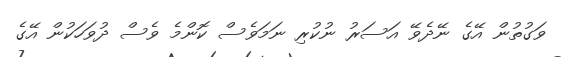
ވަގުތުން އޭގެ ނޭދެވޭ އަސަރު ނުކުރި ނަމަވެސް ކޮންމެ ވެސް ދުވަހަކުން އޭގެ